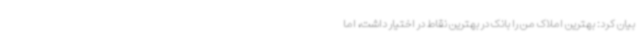
بیان کرد: بهترین املاک من را بانک در بهترین نقاط در اختیار داشت، اما